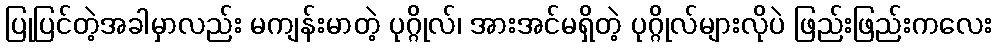
ပြုပြင်တဲ့အခါမှာလည်း မကျန်းမာတဲ့ ပုဂ္ဂိုလ်၊ အားအင်မရှိတဲ့ ပုဂ္ဂိုလ်များလိုပဲ ဖြည်းဖြည်းကလေး